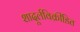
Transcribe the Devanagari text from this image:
शादूर्लविक्रीडित